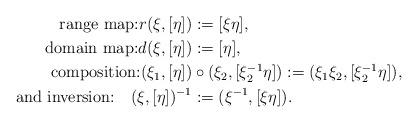
LaTeX: \begin{align*}\mbox{range map:}r(\xi,[\eta])&:=[\xi\eta],\\ \mbox{domain map:}d(\xi,[\eta])&:=[\eta],\\\mbox{composition:} (\xi_{1},[\eta])&\circ(\xi_{2},[\xi_{2}^{-1}\eta]):=(\xi_{1}\xi_{2},[\xi_{2}^{-1}\eta]),\\\mbox{and inversion:}\quad(\xi,[\eta])^{-1}&:=(\xi^{-1},[\xi\eta]).\end{align*}